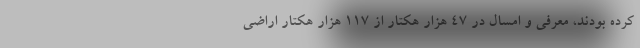
کرده بودند، معرفی و امسال در ۴۷ هزار هکتار از ۱۱۷ هزار هکتار اراضی